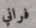
فراني